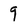
Character: 9